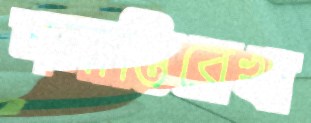
সমাপ্তিরেখা